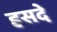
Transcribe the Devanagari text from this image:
हसदे